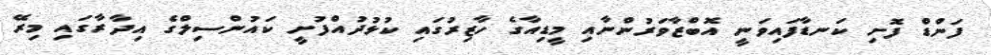
ފަންޑް ފޮށި ކަނޑާފައިވަނީ އޮބްޒާވަރުންނާއި މީޑިއާގެ ހާޒިރުގައި ކުޅުދުއްފުށީ ކައުންސިލްގެ އިދާރާގައި މިރޭ